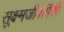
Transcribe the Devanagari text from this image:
सूक्ष्मजीवांपैकी